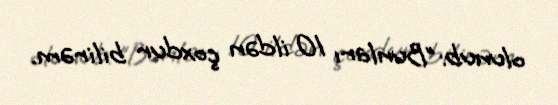
olunub:"Bunları 10 ildən çoxdur bilirəm.